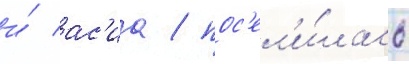
и́ ас'иа / пос'ел'и́лась